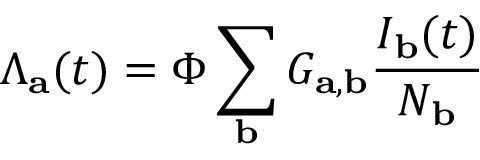
\Lambda _ { \mathbf { a } } ( t ) = \Phi \sum _ { \mathbf { b } } G _ { \mathbf { a } , \mathbf { b } } \frac { I _ { \mathbf { b } } ( t ) } { N _ { \mathbf { b } } }